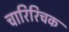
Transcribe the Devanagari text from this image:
चारिरिचक